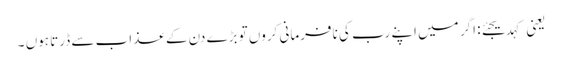
یعنی کہدیجئے: اگر میں اپنے رب کی نافرمانی کروں تو بڑے دن کے عذاب سے ڈرتا ہوں ۔